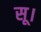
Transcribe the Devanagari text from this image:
सू।